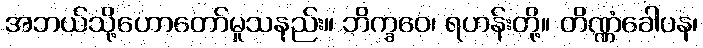
အဘယ်သို့ဟောတော်မူသနည်း။ ဘိက္ခဝေ၊ ရဟန်းတို့။ တိဏ္ဏံခေါပန၊